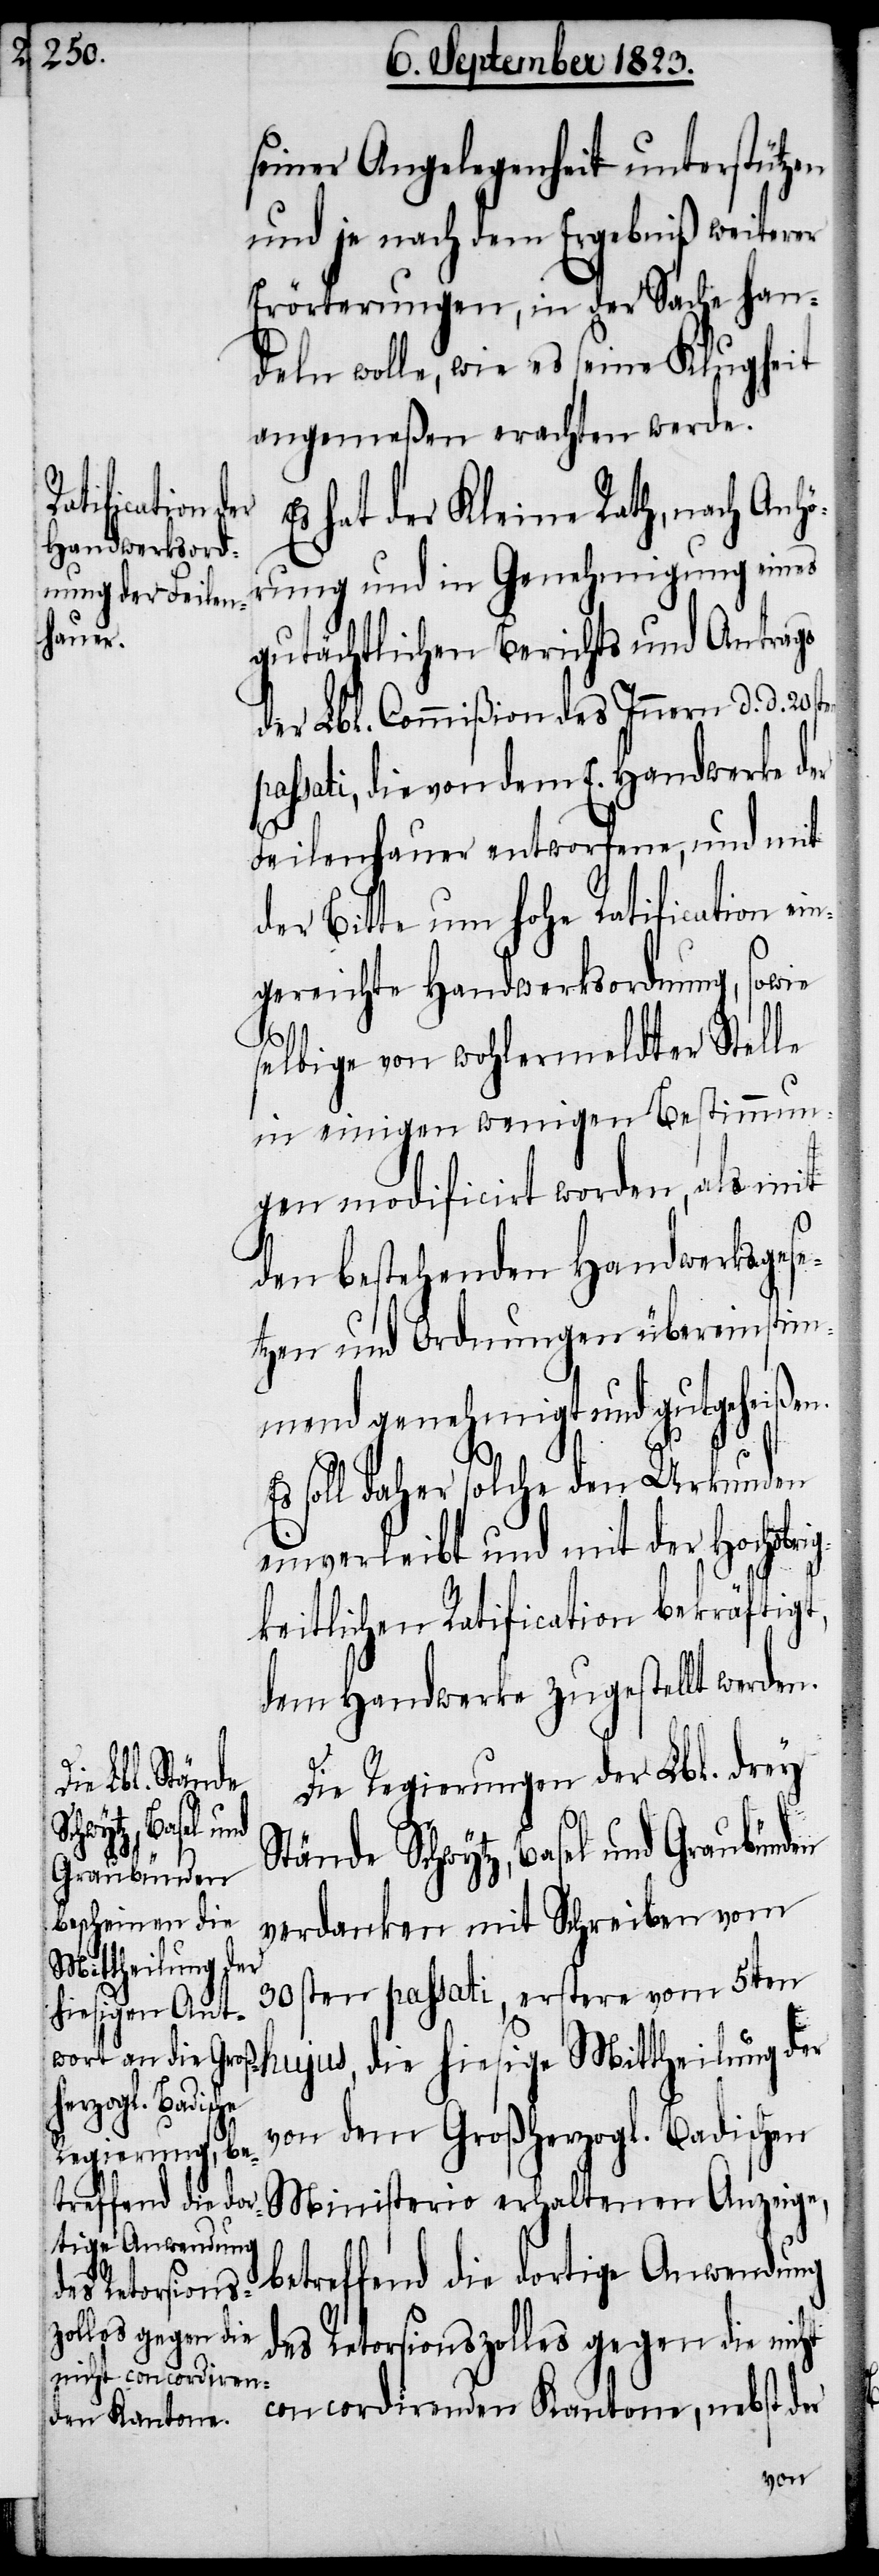
n¬

seiner Angelegenheit unterstützen
und je nach dem Ergebniß weiterer
Erörterungen, in der Sache han¬
deln wolle, wie es seine Klugheit
angemeßen erachten werde.
hat der Kleine Rath, nach Anh¬
örung und in Genehmigung eines
gutächtlichen Berichts und Antrags
der Lbl. Commißion des Innern d. d. 20st¬
passati, die von dem E. Handwerke der
Feilenhauer entworfene, und mit
der Bitte um hohe Ratification ei¬
gereichte Handwerksordnung, sowie
selbige von wohlermeldter Stelle
in einigen wenigen Bestimmun¬
gen modificirt worden, als mit
den bestehenden Handwerksgese¬
tzen und Ordnungen übereinstim¬
mend genehmigt und gutgeheißen.
soll daher solche den Urkunden
einverleibt und mit der Hochobri¬
gkeitlichen Ratification bekräftigt,
dem Handwerke zugestellt werden.
Die Regierungen der Lbl. drey
Stände Schwytz, Basel und Graubünden
verdanken mit Schreiben vom
30sten passati, erster vom 5ten
hujus, die hiesige Mittheilung der
von dem Großherzogl. Badischen
Ministerio erhaltenen Anzeige,
betreffend die dortige Anwendung
des Retorsionszolles gegen die nicht
concordirenden Kantone, nebst der